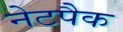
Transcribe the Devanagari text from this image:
नेटपैक